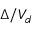
\Delta / V _ { d }